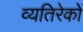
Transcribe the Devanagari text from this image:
व्यतिरेकों